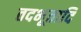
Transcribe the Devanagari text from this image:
तदभूतादि